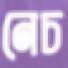
নেচ